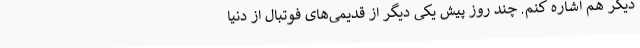
دیگر هم اشاره کنم. چند روز پیش یکی دیگر از قدیمی‌های فوتبال از دنیا